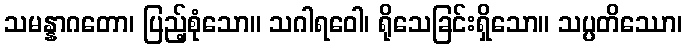
သမန္နာဂတော၊ ပြည့်စုံသော။ သဂါရဝေါ၊ ရိုသေခြင်းရှိသော။ သပ္ပတိဿော၊